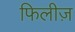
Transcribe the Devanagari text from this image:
फिलीज़